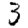
Digit: 3